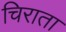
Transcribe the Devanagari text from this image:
चिराता